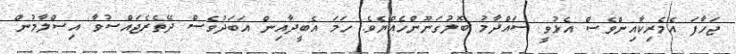
ޖަހާފަ އެމެރިކާއިންވެސް އެޅުވީ ސައްދާމު ބޮލުގަނޫންހެއްޔެވެ. ހަމަ އެބީދާއިން އަބަދުވެސް ދޭތެރެޖައްސުވާ އިސްލާމުން